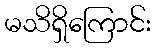
မသိရှိကြောင်း